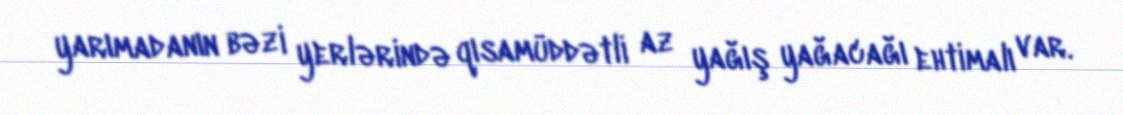
yarımadanın bəzi yerlərində qısamüddətli az yağış yağacağı ehtimalı var.